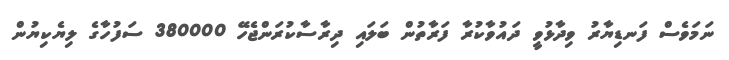
ނަމަވެސް ފަނޑިޔާރު ވިދާޅުވީ ދައުވާކުރާ ފަރާތުން ބަލައި ދިރާސާކުރަންޖެހޭ 380000 ސަފުހާގެ ލިޔެކިޔުން